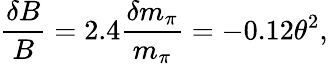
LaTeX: \frac{\delta B}{B}=2.4\frac{\delta m_{\pi}}{m_{\pi}}=-0.12\theta^{2},